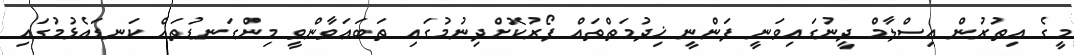
މީގެ އިތުރުން އިސްލާމް ދީނުގައިވަނީ ފަންނީ ޚިދުމަތްތައް ފޯރުކޮށްދިނުމުގައި ތަބަޢަވާންވީ މިންގަނޑުތައް ކަނޑައެޅުމުގައި